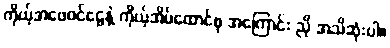
ကိုယ့်အဖေဝင်ငွေနဲ့ ကိုယ့်အိမ်ထောင်စု အကြောင်း ညို အသိဆုံးပါ။